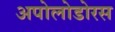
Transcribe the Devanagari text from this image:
अपोलोडोरस